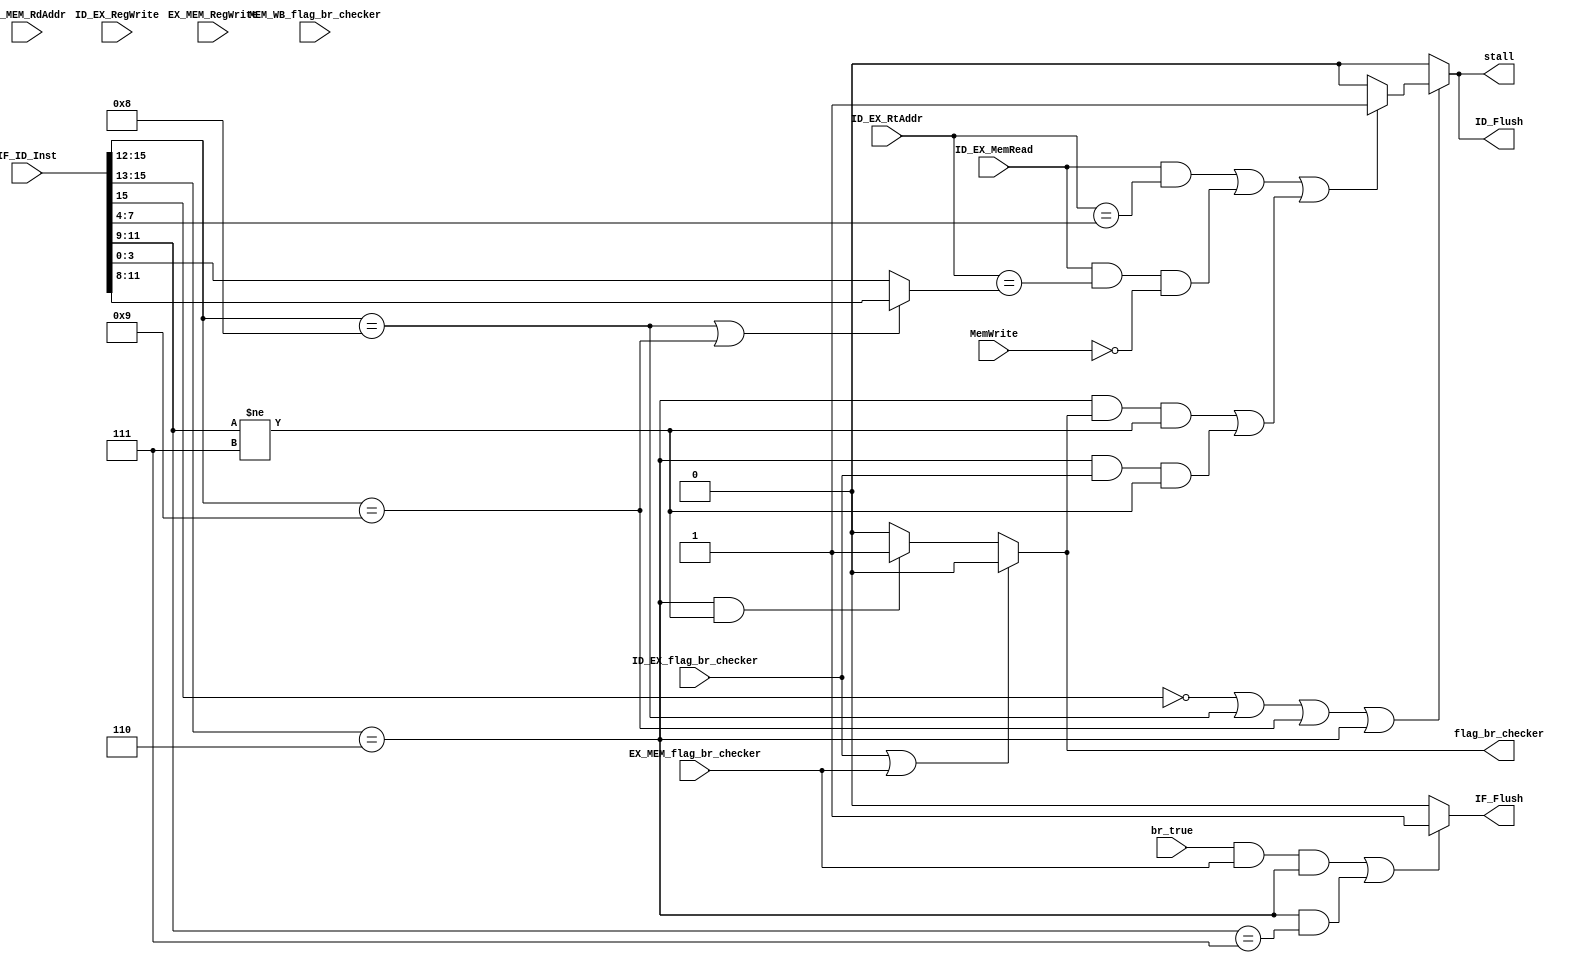
//CORRECT BRANCH STALLS.

module HDU (IF_ID_Inst, ID_EX_MemRead, ID_EX_RegWrite, EX_MEM_RegWrite, EX_MEM_RdAddr, br_true, MemWrite, ID_EX_flag_br_checker, EX_MEM_flag_br_checker, MEM_WB_flag_br_checker, ID_EX_RtAddr, flag_br_checker, stall, IF_Flush, ID_Flush);


output stall;
output IF_Flush;
input [3:0] EX_MEM_RdAddr;
input br_true;
input MemWrite;
input ID_EX_flag_br_checker;
input MEM_WB_flag_br_checker;
input [3:0] ID_EX_RtAddr;
output flag_br_checker;
input EX_MEM_flag_br_checker;
input [15:0] IF_ID_Inst;
input ID_EX_MemRead;
input ID_EX_RegWrite;
input EX_MEM_RegWrite;


output ID_Flush;

wire [3:0] IF_ID_RegisterRs;
wire [3:0] IF_ID_RegisterRt;
wire [3:0] ID_EX_RegisterRt;
wire [3:0] ID_EX_RegisterRd;
wire [3:0] EX_MEM_RegisterRd;


assign ID_EX_RegisterRt = ID_EX_RtAddr;
assign IF_ID_RegisterRs = IF_ID_Inst[7:4];
assign IF_ID_RegisterRt = (IF_ID_Inst[15:12] == 4'b1000 | IF_ID_Inst[15:12] == 4'b1001) ? IF_ID_Inst[11:8] : IF_ID_Inst[3:0];
assign EX_MEM_RegisterRd = EX_MEM_RdAddr;

assign flag_br_checker = (ID_EX_flag_br_checker | EX_MEM_flag_br_checker) ? 0 : (((IF_ID_Inst[15:13] == 3'b110) && (IF_ID_Inst[11:9] != 3'b111)) ? 1'b1 : 1'b0);
assign stall = (IF_ID_Inst[15] == 1'b0 | IF_ID_Inst[15:12] == 4'b1000 | IF_ID_Inst[15:12] == 4'b1001 | IF_ID_Inst[15:13] == 3'b110) ? ((ID_EX_MemRead & ((ID_EX_RegisterRt == IF_ID_RegisterRs))) | (ID_EX_MemRead & (ID_EX_RegisterRt == IF_ID_RegisterRt) & MemWrite !=1'b1) | ((IF_ID_Inst[15:13] ==  3'b110 && flag_br_checker == 1'b1 && IF_ID_Inst[11:9] != 3'b111) | (IF_ID_Inst[15:13] ==  3'b110 && ID_EX_flag_br_checker == 1'b1 && IF_ID_Inst[11:9] != 3'b111))) ? 1'b1 : 1'b0 : 1'b0;

//Data Hazard
assign ID_Flush = (IF_ID_Inst[15] == 1'b0 | IF_ID_Inst[15:12] == 4'b1000 | IF_ID_Inst[15:12] == 4'b1001 | IF_ID_Inst[15:13] == 3'b110) ? ((ID_EX_MemRead & ((ID_EX_RegisterRt == IF_ID_RegisterRs))) | (ID_EX_MemRead & (ID_EX_RegisterRt == IF_ID_RegisterRt) & MemWrite !=1'b1) | ((IF_ID_Inst[15:13] ==  3'b110 && flag_br_checker == 1'b1 && IF_ID_Inst[11:9] != 3'b111) | (IF_ID_Inst[15:13] ==  3'b110 && ID_EX_flag_br_checker == 1'b1 && IF_ID_Inst[11:9] != 3'b111))) ? 1'b1 : 1'b0 : 1'b0;


assign IF_Flush = ((br_true && EX_MEM_flag_br_checker && (IF_ID_Inst[15:13] == 3'b110)) || ((IF_ID_Inst[15:13] == 3'b110) && (IF_ID_Inst[11:9] == 3'b111))) ? 1'b1 : 1'b0;	// to ensure that this doesn't flush pipeline unnessarily
endmodule